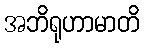
အဘိရုဟာမာတိ